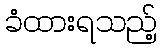
ခံထားရသည့်